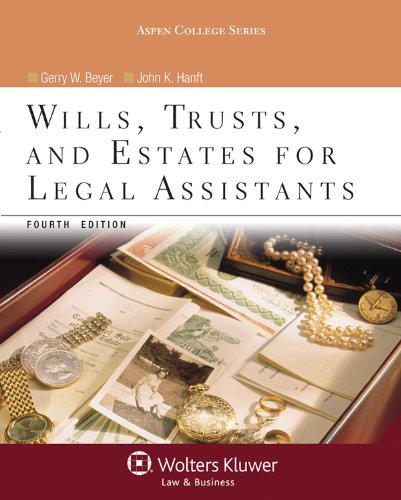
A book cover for Wills Trusts & Estates for Legal Assistants, Fourth Edition (Aspen College); Gerry W. Beyer; Law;